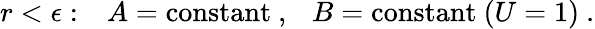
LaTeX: r<\epsilon:~~~A=\mathrm{constant}~,~~~B=\mathrm{constant}~(U=1)~.